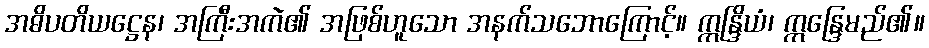
အဓိပတိယဋ္ဌေန၊ အကြီးအကဲ၏ အဖြစ်ဟူသော အနက်သဘောကြောင့်။ ဣန္ဒြိယံ၊ ဣန္ဒြေမည်၏။